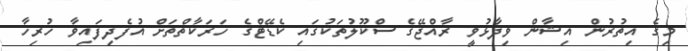
މިގެ އިތުރުން އިޝާން ވިދާޅުވީ ރާއްޖޭގެ ސްކޫލުތަކުގައި ކެޑޭޓްގެ ހަރަކާތްތަށް އުފެދިފައިވާ ހުރިހާ